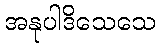
အနုပါဒိသေသေ